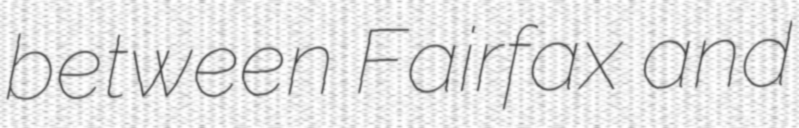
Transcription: between Fairfax and